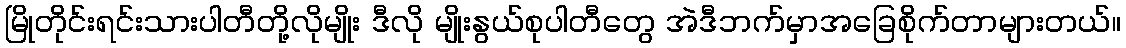
မြိုတိုင်းရင်းသားပါတီတို့လိုမျိုး ဒီလို မျိုးနွယ်စုပါတီတွေ အဲဒီဘက်မှာအခြေစိုက်တာများတယ်။